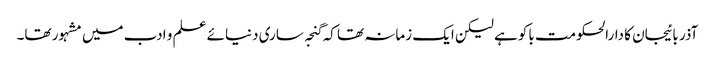
آذر بائیجان کا دارالحکومت باکو ہے لیکن ایک زمانہ تھا کہ گنجہ ساری دنیائے علم و ادب میں مشہور تھا۔